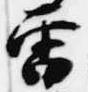
雷